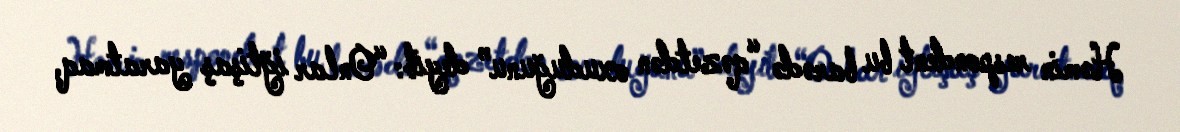
Həmin respondent bu barədə “qəzetdən oxuduğunu” deyib: “Onlar iğtişaş yaratmaq,